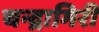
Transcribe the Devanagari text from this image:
चन्द्रागिरी